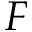
F